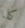
كلا